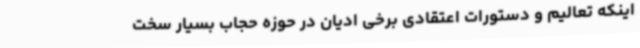
اینکه تعالیم و دستورات اعتقادی برخی ادیان در حوزه حجاب بسیار سخت‌